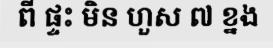
ពី ផ្ទះ មិន ហួស ៧ ខ្នង